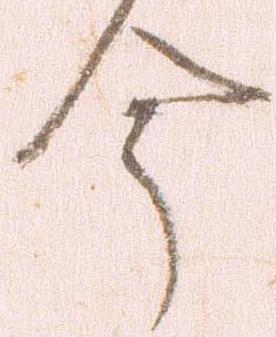
今